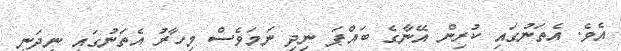
އެވެ. އެތަނުގައި ކުރިން އޭނާގެ ބައްޕަ ނިދި ނަމަވެސް މިހާރު އެތަނުގައި ނިދަނީ